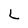
Character: L